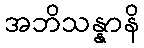
အဘိသန္နာနိ